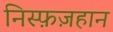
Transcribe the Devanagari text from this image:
निस्फ़ज़हान